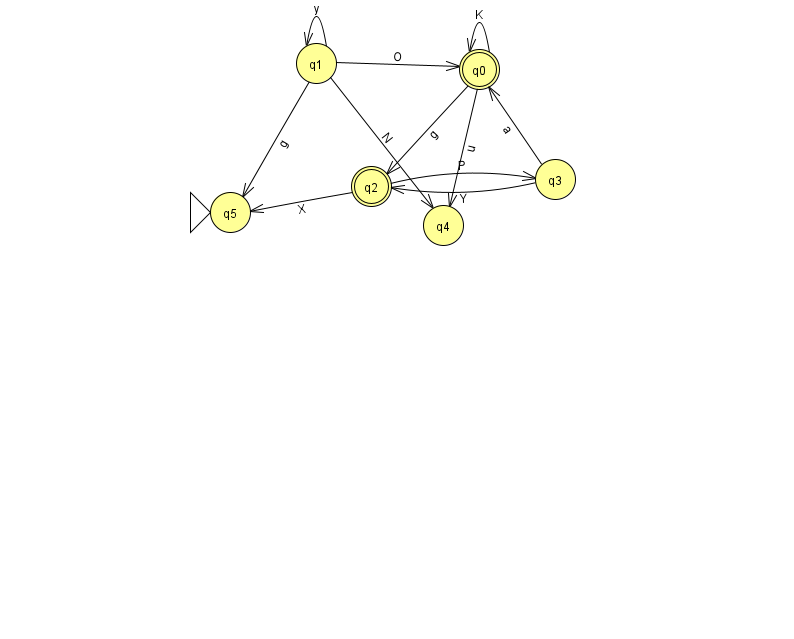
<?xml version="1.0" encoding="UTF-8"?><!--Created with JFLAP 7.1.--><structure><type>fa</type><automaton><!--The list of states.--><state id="0" name="q0"><x>479.0</x><y>56.0</y><final/></state><state id="1" name="q1"><x>316.0</x><y>50.0</y></state><state id="2" name="q2"><x>371.0</x><y>173.0</y><final/></state><state id="3" name="q3"><x>555.0</x><y>166.0</y></state><state id="4" name="q4"><x>443.0</x><y>212.0</y></state><state id="5" name="q5"><x>230.0</x><y>199.0</y><initial/></state><!--The list of transitions.--><transition><from>2</from><to>5</to><read>X</read></transition><transition><from>1</from><to>4</to><read>N</read></transition><transition><from>1</from><to>5</to><read>g</read></transition><transition><from>3</from><to>0</to><read>a</read></transition><transition><from>3</from><to>2</to><read>Y</read></transition><transition><from>1</from><to>1</to><read>y</read></transition><transition><from>0</from><to>0</to><read>K</read></transition><transition><from>0</from><to>2</to><read>g</read></transition><transition><from>0</from><to>4</to><read>u</read></transition><transition><from>1</from><to>0</to><read>O</read></transition><transition><from>2</from><to>3</to><read>P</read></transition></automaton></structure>